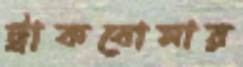
ট্রাকবোমার